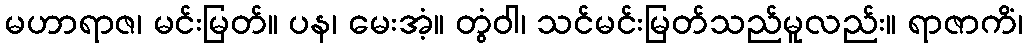
မဟာရာဇ၊ မင်းမြတ်။ ပန၊ မေးအံ့။ တွံဝါ၊ သင်မင်းမြတ်သည်မူလည်း။ ရာဇာကိံ၊